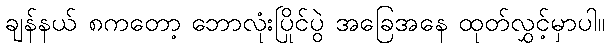
ချန်နယ် ၈ကတော့ ဘောလုံးပြိုင်ပွဲ အခြေအနေ ထုတ်လွှင့်မှာပါ။